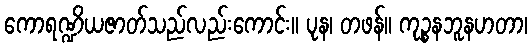
ကောရဏ္ဍိယဇာတ်သည်လည်းကောင်း။ ပုန၊ တဖန်။ ကုဉ္စနဘူနဟတာ၊